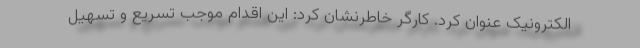
الکترونیک عنوان کرد. کارگر خاطرنشان کرد: این اقدام موجب تسریع و تسهیل